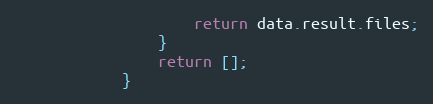
Language: JavaScript
                    return data.result.files;
                }
                return [];
            }